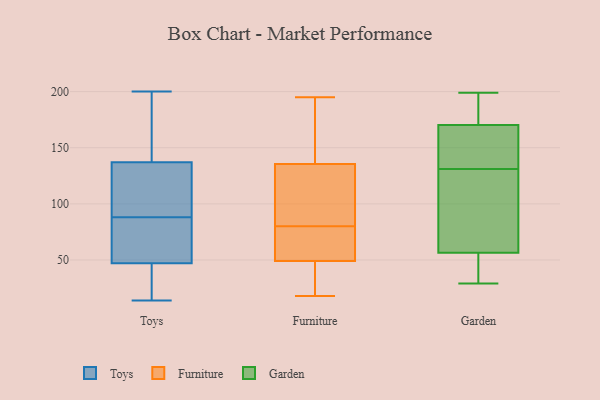
{"axis": {"x": "Energy Usage (MWh)", "y": "Value"}, "legend": ["Furniture", "Garden", "Toys"], "data": [{"x": "", "y": 84, "type": "Toys"}, {"x": "", "y": 58, "type": "Toys"}, {"x": "", "y": 160, "type": "Toys"}, {"x": "", "y": 135, "type": "Toys"}, {"x": "", "y": 47, "type": "Toys"}, {"x": "", "y": 14, "type": "Toys"}, {"x": "", "y": 25, "type": "Toys"}, {"x": "", "y": 137, "type": "Toys"}, {"x": "", "y": 15, "type": "Toys"}, {"x": "", "y": 200, "type": "Toys"}, {"x": "", "y": 82, "type": "Toys"}, {"x": "", "y": 85, "type": "Toys"}, {"x": "", "y": 129, "type": "Toys"}, {"x": "", "y": 91, "type": "Toys"}, {"x": "", "y": 183, "type": "Toys"}, {"x": "", "y": 133, "type": "Toys"}, {"x": "", "y": 197, "type": "Toys"}, {"x": "", "y": 41, "type": "Toys"}, {"x": "", "y": 105, "type": "Furniture"}, {"x": "", "y": 58, "type": "Furniture"}, {"x": "", "y": 139, "type": "Furniture"}, {"x": "", "y": 86, "type": "Furniture"}, {"x": "", "y": 113, "type": "Furniture"}, {"x": "", "y": 172, "type": "Furniture"}, {"x": "", "y": 18, "type": "Furniture"}, {"x": "", "y": 18, "type": "Furniture"}, {"x": "", "y": 143, "type": "Furniture"}, {"x": "", "y": 65, "type": "Furniture"}, {"x": "", "y": 195, "type": "Furniture"}, {"x": "", "y": 55, "type": "Furniture"}, {"x": "", "y": 43, "type": "Furniture"}, {"x": "", "y": 38, "type": "Furniture"}, {"x": "", "y": 132, "type": "Furniture"}, {"x": "", "y": 74, "type": "Furniture"}, {"x": "", "y": 49, "type": "Garden"}, {"x": "", "y": 142, "type": "Garden"}, {"x": "", "y": 199, "type": "Garden"}, {"x": "", "y": 80, "type": "Garden"}, {"x": "", "y": 131, "type": "Garden"}, {"x": "", "y": 153, "type": "Garden"}, {"x": "", "y": 140, "type": "Garden"}, {"x": "", "y": 59, "type": "Garden"}, {"x": "", "y": 131, "type": "Garden"}, {"x": "", "y": 174, "type": "Garden"}, {"x": "", "y": 30, "type": "Garden"}, {"x": "", "y": 49, "type": "Garden"}, {"x": "", "y": 74, "type": "Garden"}, {"x": "", "y": 29, "type": "Garden"}, {"x": "", "y": 176, "type": "Garden"}, {"x": "", "y": 182, "type": "Garden"}, {"x": "", "y": 169, "type": "Garden"}]}